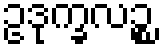
ဥဒုက္ခလဉ္စ